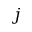
j